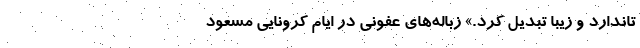
تاندارد و زیبا تبدیل کرد.» زباله‌های عفونی در ایام کرونایی مسعود